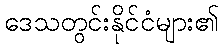
ဒေသတွင်းနိုင်ငံများ၏